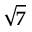
\sqrt { 7 }